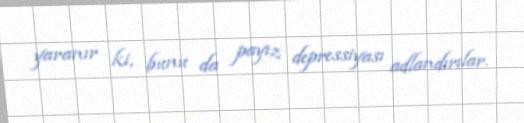
yaranır ki, bunu da payız depressiyası adlandırılar.